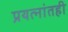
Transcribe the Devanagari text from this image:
प्रयत्‍नांतही